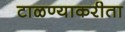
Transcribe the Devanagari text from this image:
टाळण्याकरीता